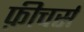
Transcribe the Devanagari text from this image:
फ़ीचर्स